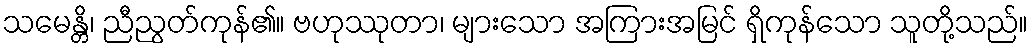
သမေန္တိ၊ ညီညွတ်ကုန်၏။ ဗဟုဿုတာ၊ များသော အကြားအမြင် ရှိကုန်သော သူတို့သည်။